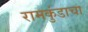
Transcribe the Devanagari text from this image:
रामकुंडाचा